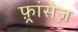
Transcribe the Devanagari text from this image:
फ़्रांसेज़